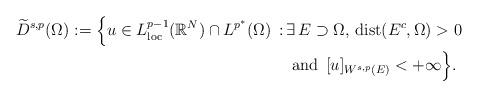
LaTeX: \begin{align*}\widetilde{D}^{s,p}(\Omega):=\Big\{u\in L^{p-1}_{\mathrm{\mathrm{loc}}}(\mathbb{R}^N)\cap L^{p^*}(\Omega) \,:\, &\exists\, E\supset\Omega ,\, \mathrm{dist}(E^c, \Omega)>0 \\ &\mbox{ and }\,[u]_{W^{s,p}(E)}<+\infty \Big\}.\end{align*}